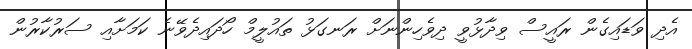
އެދި ވަޑައިގެން ރައީސް ވިދާޅުވީ ދިވެހިންނަށް ރަނގަޅު ތައުލީމް ހޯދައިދެވޭނެ ކަމަށާއި ސަރުކާރުން